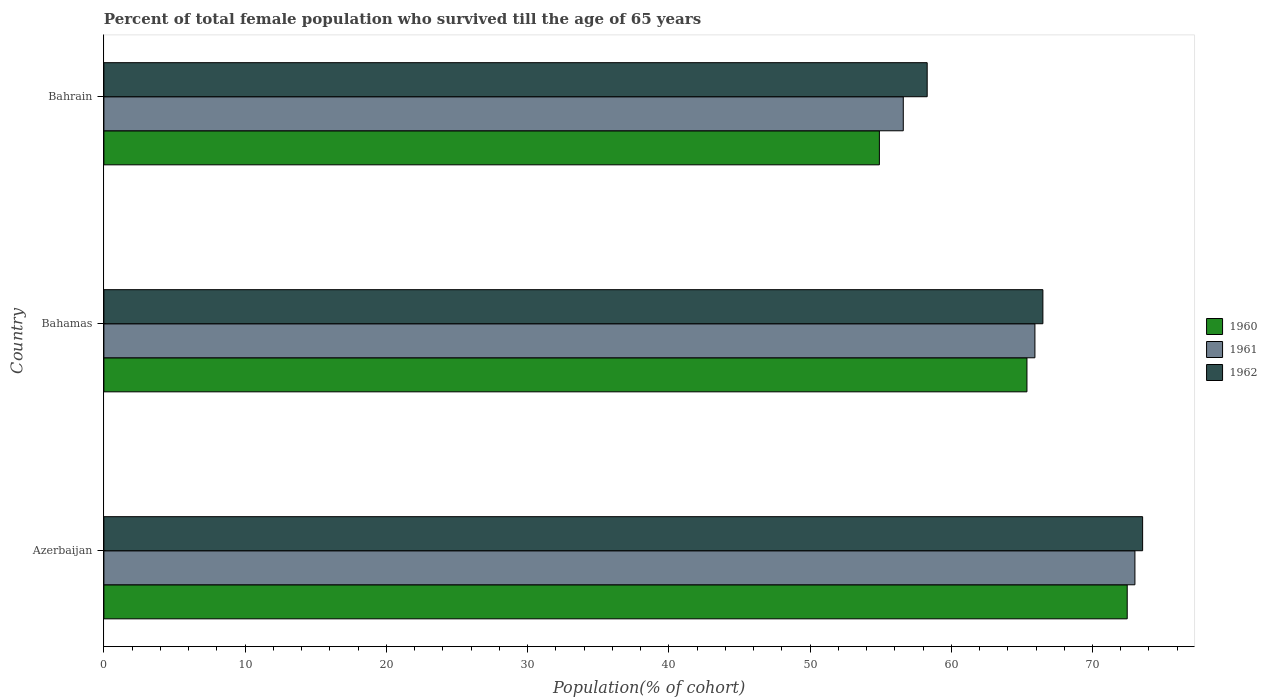
| Country | 1960 | 1961 | 1962 |
 | --- | --- | --- | --- |
 | Azerbaijan | 72.5 | 73 | 73.5 |
 | Bahamas | 65.4 | 65.9 | 66.5 |
 | Bahrain | 54.9 | 56.6 | 58.3 |